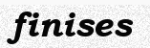
finises